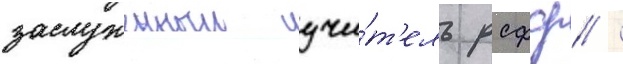
заслуженныи учи́т'ель рсфср /